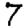
Digit: 7